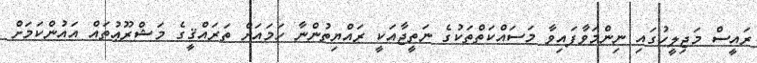
ރައީސް މަޖިލީހުގައި ނިންމަވާފައިވާ މަސައްކަތްތަކުގެ ނަތީޖާއަކީ ރައްޔިތުންނާ ހަމައަށް ތަރައްޤީގެ މަޝްރޫޢުތައް އައުންކަމަށް